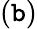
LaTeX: (\mathtt{b})